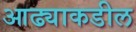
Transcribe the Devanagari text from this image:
आढ्याकडील